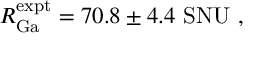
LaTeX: R _ { \mathrm { G a } } ^ { \mathrm { e x p t } } = 7 0 . 8 \pm 4 . 4 \mathrm { \ S N U } \ ,